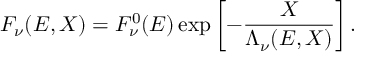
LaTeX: F _ { \nu } ( E , X ) = F _ { \nu } ^ { 0 } ( E ) \exp \left[ - \frac { X } { \Lambda _ { \nu } ( E , X ) } \right] .